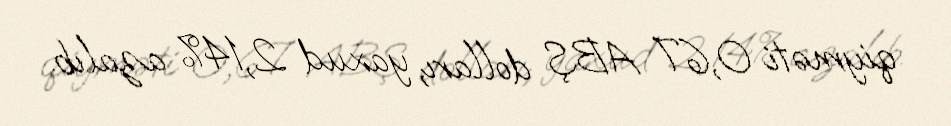
qiyməti 0,67 ABŞ dolları, yaxud 2,14% azalıb.